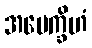
အပေက္ခိဟံ